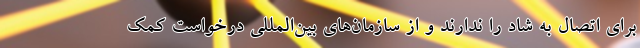
برای اتصال به شاد را ندارند و از سازمان‌های بین‌المللی درخواست کمک